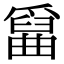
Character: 𤔱